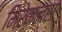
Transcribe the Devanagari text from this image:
मिरेकल्स